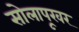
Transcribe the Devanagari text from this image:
सोलापूरवर